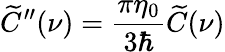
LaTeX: \widetilde{C}^{\prime\prime}(\nu)=\frac{\pi\eta_{0}}{3\hbar}\widetilde{C}(\nu)